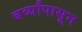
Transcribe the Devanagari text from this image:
बर्व्यांपासून